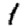
Digit: 1